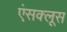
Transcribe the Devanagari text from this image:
एंसक्लूस